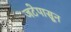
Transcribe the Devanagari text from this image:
जटेपासून